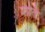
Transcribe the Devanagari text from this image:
शेति